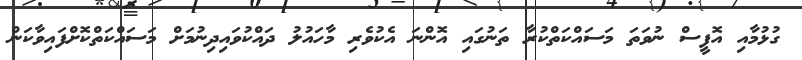
ގުޅުމާއި އޮފީސް ނުވަތަ މަސައްކަތްކުރާ ތަނުގައި އޮންނަ އެކުވެރި މާހައުލު ދައްކުވައިދިނުމަށް މަސައްކަތްކޮށްފައިވާކަން